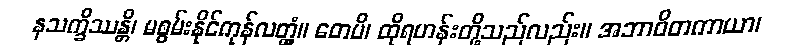
နသက္ခိဿန္တိ၊ မစွမ်းနိုင်ကုန်လတ္တံ့။ တေပိ၊ ထိုရဟန်းတို့သည်လည်း။ အဘာဝိတကာယာ၊